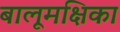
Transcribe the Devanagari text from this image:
बालूमक्षिका